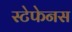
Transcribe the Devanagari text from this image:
स्टेफेनस